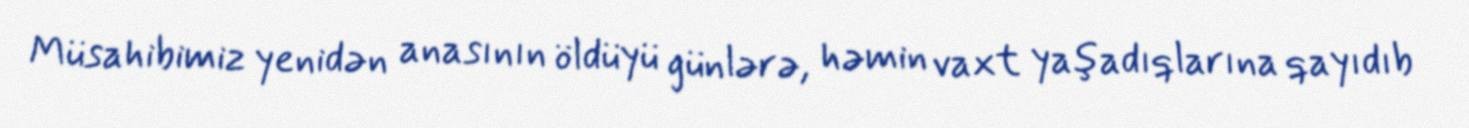
Müsahibimiz yenidən anasının öldüyü günlərə, həmin vaxt yaşadıqlarına qayıdıb